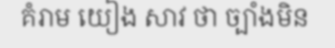
គំរាម យៀង សាវ ថា ច្បាំងមិន